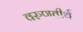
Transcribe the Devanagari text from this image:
वरुणतीर्थ